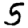
Digit: 5